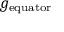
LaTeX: g _ { \mathrm { e q u a t o r } }